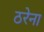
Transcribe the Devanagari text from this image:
ठरेना